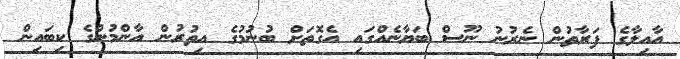
އާއިލާގެ ފަރާތުން ނެރުނު ނޫސް ބަޔާނެއްގައި އެގޮތަށް ބުނުމުގެ އިތުރުން އާންމުންގެ ކިބައިން